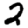
Digit: 2